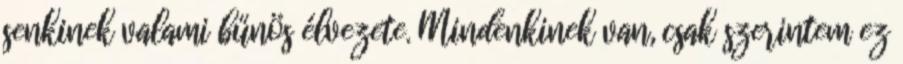
senkinek valami bűnös élvezete. Mindenkinek van, csak szerintem ez